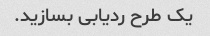
یک طرح ردیابی بسازید.